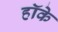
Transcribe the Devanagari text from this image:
हॉके